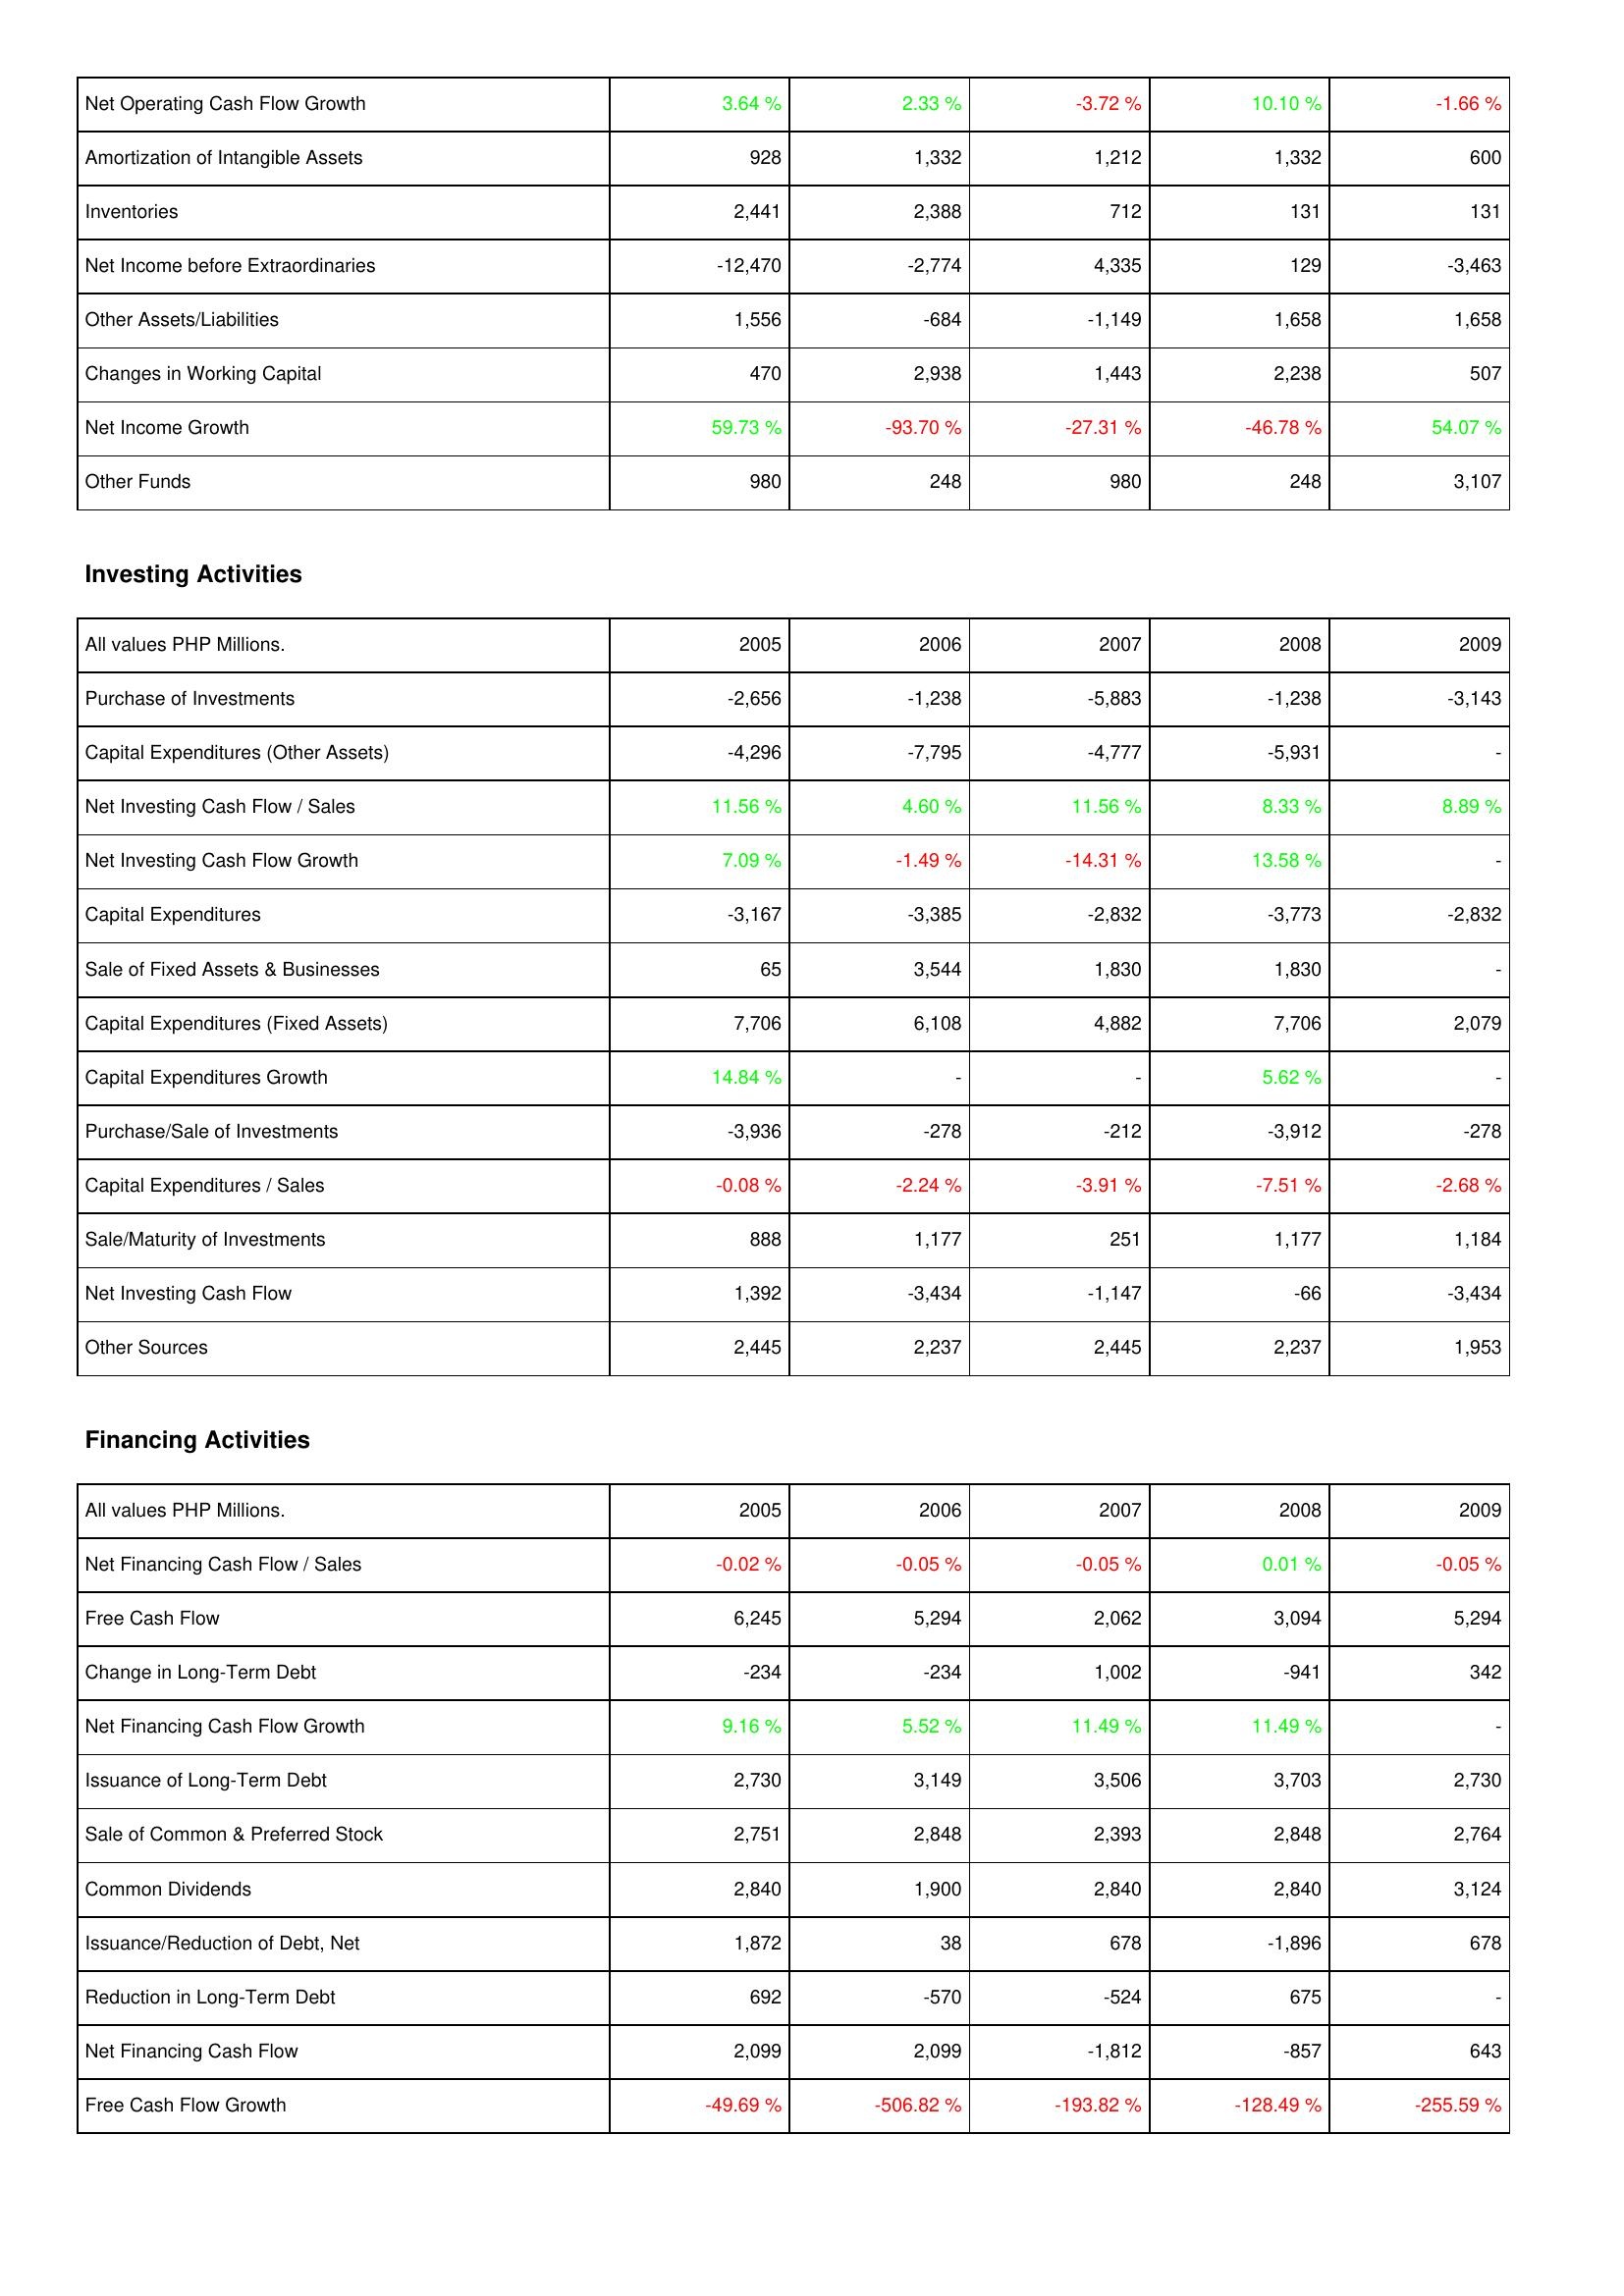
2005: Operating Activities: Net Operating Cash Flow Growth: 3.64 %
Amortization of Intangible Assets: 928
Inventories: 2,441
Net Income before Extraordinaries: -12,470
Other Assets/Liabilities: 1,556
Changes in Working Capital: 470
Net Income Growth: 59.73 %
Other Funds: 980
Investing Activities: Purchase of Investments: -2,656
Capital Expenditures (Other Assets): -4,296
Net Investing Cash Flow / Sales: 11.56 %
Net Investing Cash Flow Growth: 7.09 %
Capital Expenditures: -3,167
Sale of Fixed Assets & Businesses: 65
Capital Expenditures (Fixed Assets): 7,706
Capital Expenditures Growth: 14.84 %
Purchase/Sale of Investments: -3,936
Capital Expenditures / Sales: -0.08 %
Sale/Maturity of Investments: 888
Net Investing Cash Flow: 1,392
Other Sources: 2,445
Financing Activities: Net Financing Cash Flow / Sales: -0.02 %
Free Cash Flow: 6,245
Change in Long-Term Debt: -234
Net Financing Cash Flow Growth: 9.16 %
Issuance of Long-Term Debt: 2,730
Sale of Common & Preferred Stock: 2,751
Common Dividends: 2,840
Issuance/Reduction of Debt, Net: 1,872
Reduction in Long-Term Debt: 692
Net Financing Cash Flow: 2,099
Free Cash Flow Growth: -49.69 %
2006: Operating Activities: Net Operating Cash Flow Growth: 2.33 %
Amortization of Intangible Assets: 1,332
Inventories: 2,388
Net Income before Extraordinaries: -2,774
Other Assets/Liabilities: -684
Changes in Working Capital: 2,938
Net Income Growth: -93.70 %
Other Funds: 248
Investing Activities: Purchase of Investments: -1,238
Capital Expenditures (Other Assets): -7,795
Net Investing Cash Flow / Sales: 4.60 %
Net Investing Cash Flow Growth: -1.49 %
Capital Expenditures: -3,385
Sale of Fixed Assets & Businesses: 3,544
Capital Expenditures (Fixed Assets): 6,108
Capital Expenditures Growth: -
Purchase/Sale of Investments: -278
Capital Expenditures / Sales: -2.24 %
Sale/Maturity of Investments: 1,177
Net Investing Cash Flow: -3,434
Other Sources: 2,237
Financing Activities: Net Financing Cash Flow / Sales: -0.05 %
Free Cash Flow: 5,294
Change in Long-Term Debt: -234
Net Financing Cash Flow Growth: 5.52 %
Issuance of Long-Term Debt: 3,149
Sale of Common & Preferred Stock: 2,848
Common Dividends: 1,900
Issuance/Reduction of Debt, Net: 38
Reduction in Long-Term Debt: -570
Net Financing Cash Flow: 2,099
Free Cash Flow Growth: -506.82 %
2007: Operating Activities: Net Operating Cash Flow Growth: -3.72 %
Amortization of Intangible Assets: 1,212
Inventories: 712
Net Income before Extraordinaries: 4,335
Other Assets/Liabilities: -1,149
Changes in Working Capital: 1,443
Net Income Growth: -27.31 %
Other Funds: 980
Investing Activities: Purchase of Investments: -5,883
Capital Expenditures (Other Assets): -4,777
Net Investing Cash Flow / Sales: 11.56 %
Net Investing Cash Flow Growth: -14.31 %
Capital Expenditures: -2,832
Sale of Fixed Assets & Businesses: 1,830
Capital Expenditures (Fixed Assets): 4,882
Capital Expenditures Growth: -
Purchase/Sale of Investments: -212
Capital Expenditures / Sales: -3.91 %
Sale/Maturity of Investments: 251
Net Investing Cash Flow: -1,147
Other Sources: 2,445
Financing Activities: Net Financing Cash Flow / Sales: -0.05 %
Free Cash Flow: 2,062
Change in Long-Term Debt: 1,002
Net Financing Cash Flow Growth: 11.49 %
Issuance of Long-Term Debt: 3,506
Sale of Common & Preferred Stock: 2,393
Common Dividends: 2,840
Issuance/Reduction of Debt, Net: 678
Reduction in Long-Term Debt: -524
Net Financing Cash Flow: -1,812
Free Cash Flow Growth: -193.82 %
2008: Operating Activities: Net Operating Cash Flow Growth: 10.10 %
Amortization of Intangible Assets: 1,332
Inventories: 131
Net Income before Extraordinaries: 129
Other Assets/Liabilities: 1,658
Changes in Working Capital: 2,238
Net Income Growth: -46.78 %
Other Funds: 248
Investing Activities: Purchase of Investments: -1,238
Capital Expenditures (Other Assets): -5,931
Net Investing Cash Flow / Sales: 8.33 %
Net Investing Cash Flow Growth: 13.58 %
Capital Expenditures: -3,773
Sale of Fixed Assets & Businesses: 1,830
Capital Expenditures (Fixed Assets): 7,706
Capital Expenditures Growth: 5.62 %
Purchase/Sale of Investments: -3,912
Capital Expenditures / Sales: -7.51 %
Sale/Maturity of Investments: 1,177
Net Investing Cash Flow: -66
Other Sources: 2,237
Financing Activities: Net Financing Cash Flow / Sales: 0.01 %
Free Cash Flow: 3,094
Change in Long-Term Debt: -941
Net Financing Cash Flow Growth: 11.49 %
Issuance of Long-Term Debt: 3,703
Sale of Common & Preferred Stock: 2,848
Common Dividends: 2,840
Issuance/Reduction of Debt, Net: -1,896
Reduction in Long-Term Debt: 675
Net Financing Cash Flow: -857
Free Cash Flow Growth: -128.49 %
2009: Operating Activities: Net Operating Cash Flow Growth: -1.66 %
Amortization of Intangible Assets: 600
Inventories: 131
Net Income before Extraordinaries: -3,463
Other Assets/Liabilities: 1,658
Changes in Working Capital: 507
Net Income Growth: 54.07 %
Other Funds: 3,107
Investing Activities: Purchase of Investments: -3,143
Capital Expenditures (Other Assets): -
Net Investing Cash Flow / Sales: 8.89 %
Net Investing Cash Flow Growth: -
Capital Expenditures: -2,832
Sale of Fixed Assets & Businesses: -
Capital Expenditures (Fixed Assets): 2,079
Capital Expenditures Growth: -
Purchase/Sale of Investments: -278
Capital Expenditures / Sales: -2.68 %
Sale/Maturity of Investments: 1,184
Net Investing Cash Flow: -3,434
Other Sources: 1,953
Financing Activities: Net Financing Cash Flow / Sales: -0.05 %
Free Cash Flow: 5,294
Change in Long-Term Debt: 342
Net Financing Cash Flow Growth: -
Issuance of Long-Term Debt: 2,730
Sale of Common & Preferred Stock: 2,764
Common Dividends: 3,124
Issuance/Reduction of Debt, Net: 678
Reduction in Long-Term Debt: -
Net Financing Cash Flow: 643
Free Cash Flow Growth: -255.59 %